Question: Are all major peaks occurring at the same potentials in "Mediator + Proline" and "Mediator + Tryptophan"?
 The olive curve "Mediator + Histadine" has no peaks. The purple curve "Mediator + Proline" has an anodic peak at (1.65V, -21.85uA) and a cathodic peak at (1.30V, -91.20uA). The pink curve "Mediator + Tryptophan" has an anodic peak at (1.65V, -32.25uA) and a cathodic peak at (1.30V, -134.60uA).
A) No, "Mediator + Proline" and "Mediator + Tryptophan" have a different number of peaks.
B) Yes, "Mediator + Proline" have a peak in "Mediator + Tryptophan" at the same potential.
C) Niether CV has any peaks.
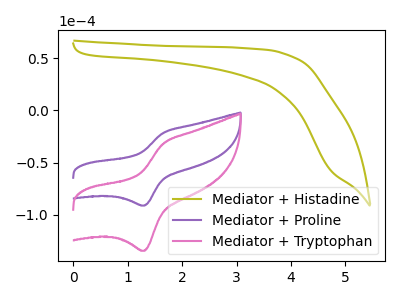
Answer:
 <answer>B) Yes, "Mediator + Proline" have a peak in "Mediator + Tryptophan" at the same potential.</answer>
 <eval>B</eval>